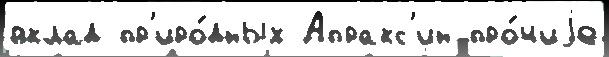
вклад пр'иро́дных Апракс'ин про́чиjе